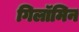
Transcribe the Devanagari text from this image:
गिलॉमिन